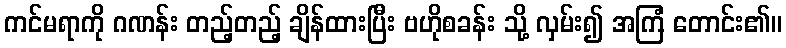
ကင်မရာကို ဂဏန်း တည့်တည့် ချိန်ထားပြီး ဗဟိုစခန်း သို့ လှမ်း၍ အကြံ တောင်း၏။